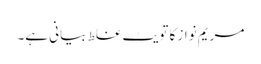
مریم نواز کا تویٹ غلط بیانی ہے۔